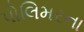
પોલિમરના